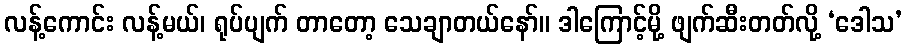
လန့်ကောင်း လန့်မယ်၊ ရုပ်ပျက် တာတော့ သေချာတယ်နော်။ ဒါကြောင့်မို့ ဖျက်ဆီးတတ်လို့ ‘ဒေါသ’